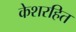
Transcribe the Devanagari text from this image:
केशरहित